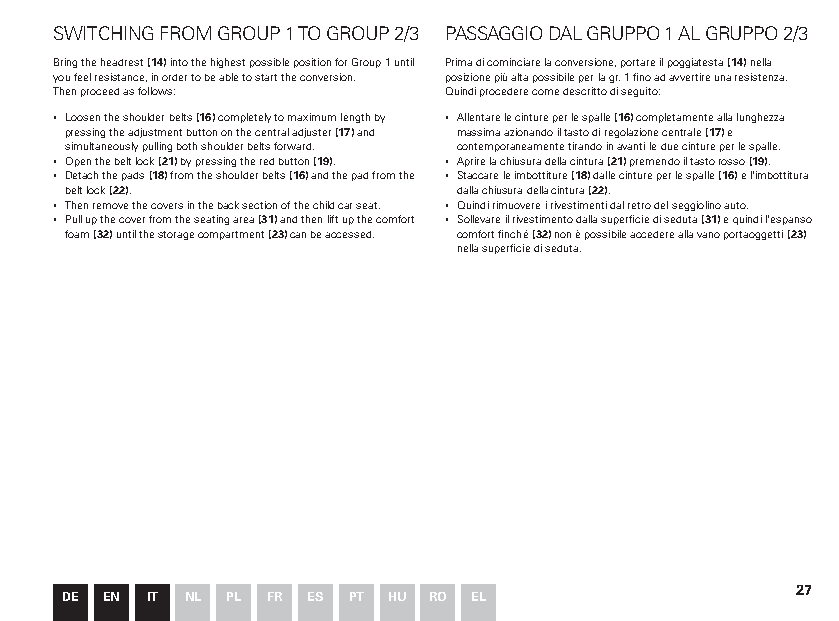
SWITCHING FROM GROUP 1 TO GROUP 2/3 PASSAGGIO DAL GRUPPO 1 AL GRUPPO 2/3
 Bring the headrest (14) into the highest possible position for Group 1 until Prima di cominciare la conversione, portare il poggiatesta (14) nella
 you feel resistance, in order to be able to start the conversion. posizione più alta possibile per la gr. 1 fino ad avvertire una resistenza.
 Then proceed as follows: Quindi procedere come descritto di seguito:
 ▪ Loosen the shoulder belts (16) completely to maximum length by ▪ Allentare le cinture per le spalle (16) completamente alla lunghezza
 pressing the adjustment button on the central adjuster (17) and massima azionando il tasto di regolazione centrale (17) e
 simultaneously pulling both shoulder belts forward. contemporaneamente tirando in avanti le due cinture per le spalle.
 ▪ Open the belt lock (21) by pressing the red button (19). ▪ Aprire la chiusura della cintura (21) premendo il tasto rosso (19).
 ▪ Detach the pads (18) from the shoulder belts (16) and the pad from the ▪ Staccare le imbottiture (18) dalle cinture per le spalle (16) e l'imbottitura
 belt lock (22).           dalla chiusura della cintura (22).
 ▪ Then remove the covers in the back section of the child car seat. ▪ Quindi rimuovere i rivestimenti dal retro del seggiolino auto.
 ▪ Pull up the cover from the seating area (31) and then lift up the comfort ▪ Sollevare il rivestimento dalla superficie di seduta (31) e quindi l'espanso
 foam (32) until the storage compartment (23) can be accessed. comfort finché (32) non è possibile accedere alla vano portaoggetti (23)
 nella superficie di seduta.
 27
 DE EN IT NL PL FR ES PT HU RO EL